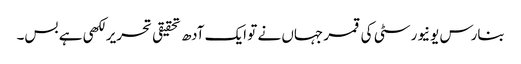
بنارس یونیورسٹی کی قمر جہاں نے تو ایک آدھ تحقیقی تحریر لکھی ہے بس۔